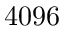
4 0 9 6